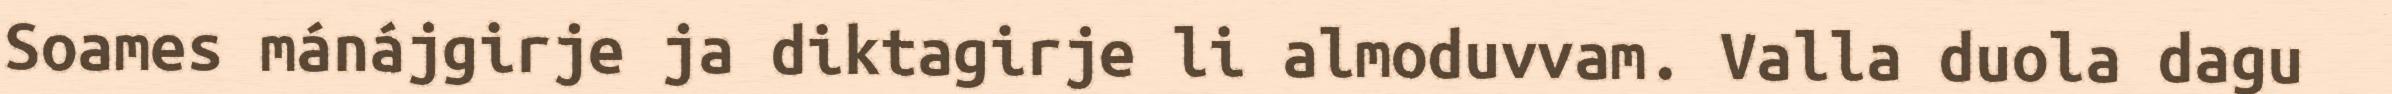
Soames mánájgirje ja diktagirje li almoduvvam. Valla duola dagu